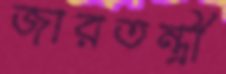
জারতন্ত্রী